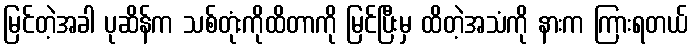
မြင်တဲ့အခါ ပုဆိန်က သစ်တုံးကိုထိတာကို မြင်ပြီးမှ ထိတဲ့အသံကို နားက ကြားရတယ်